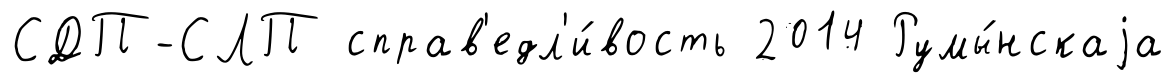
СДП-СЛП справ'едл'и́вость 2014 Румы́нскаjа